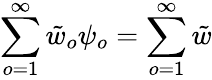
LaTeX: \sum_{o=1}^{\infty}{\tilde{w}}_{o}\psi_{o}=\sum_{o=1}^{\infty}{\tilde{w}}